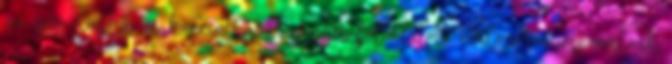
az igen munka- és koncentráció- igényes föladatot. Különösen imponálóak